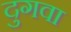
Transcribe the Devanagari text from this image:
दुगवा